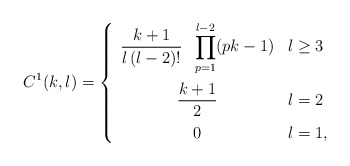
\begin{align*}C^{1}(k,l)=\left\{\begin{array}{cl}{\displaystyle \frac{k+1}{l\, (l-2)! }\;\; \prod_{p=1}^{l-2} (pk-1)}& l\geq 3\vspace*{0.2cm} \\{\displaystyle \frac{k+1}{2}} & l=2\vspace*{0.2cm} \\{\displaystyle 0} & l=1,\end{array}\right.\end{align*}